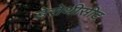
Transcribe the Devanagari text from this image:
डेरोथीसीट